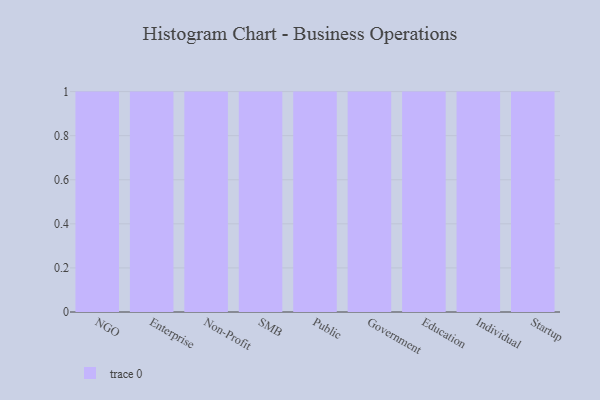
{"axis": {"x": "Segment", "y": "Inventory Turnover"}, "legend": [""], "data": [{"x": "NGO", "y": 66, "type": ""}, {"x": "Enterprise", "y": 33, "type": ""}, {"x": "Non-Profit", "y": 98, "type": ""}, {"x": "SMB", "y": 95, "type": ""}, {"x": "Public", "y": 70, "type": ""}, {"x": "Government", "y": 92, "type": ""}, {"x": "Education", "y": 24, "type": ""}, {"x": "Individual", "y": 87, "type": ""}, {"x": "Startup", "y": 77, "type": ""}]}